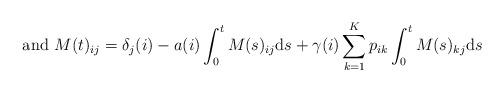
LaTeX: \begin{align*}\mbox{ and }M(t)_{ij}=\delta_{j}(i)-a(i)\int_{0}^{t}M(s)_{ij}{\rm d}s+\gamma(i)\sum_{k=1}^{K}p_{ik}\int_{0}^{t}M(s)_{kj}{\rm d}s\end{align*}